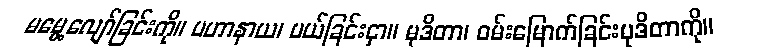
မမွေ့လျော်ခြင်းကို။ ပဟာနာယ၊ ပယ်ခြင်းငှာ။ မုဒိတာ၊ ဝမ်းမြောက်ခြင်းမုဒိတာကို။